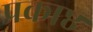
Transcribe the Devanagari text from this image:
प्रकाष्ठ